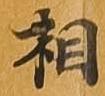
相